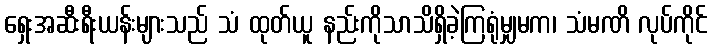
ရှေးအဆီးရီးယန်းများသည် သံ ထုတ်ယူ နည်းကိုသာသိရှိခဲ့ကြရုံမျှမက၊ သံမဏိ လုပ်ကိုင်